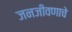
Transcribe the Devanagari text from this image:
जनजीवणाचे